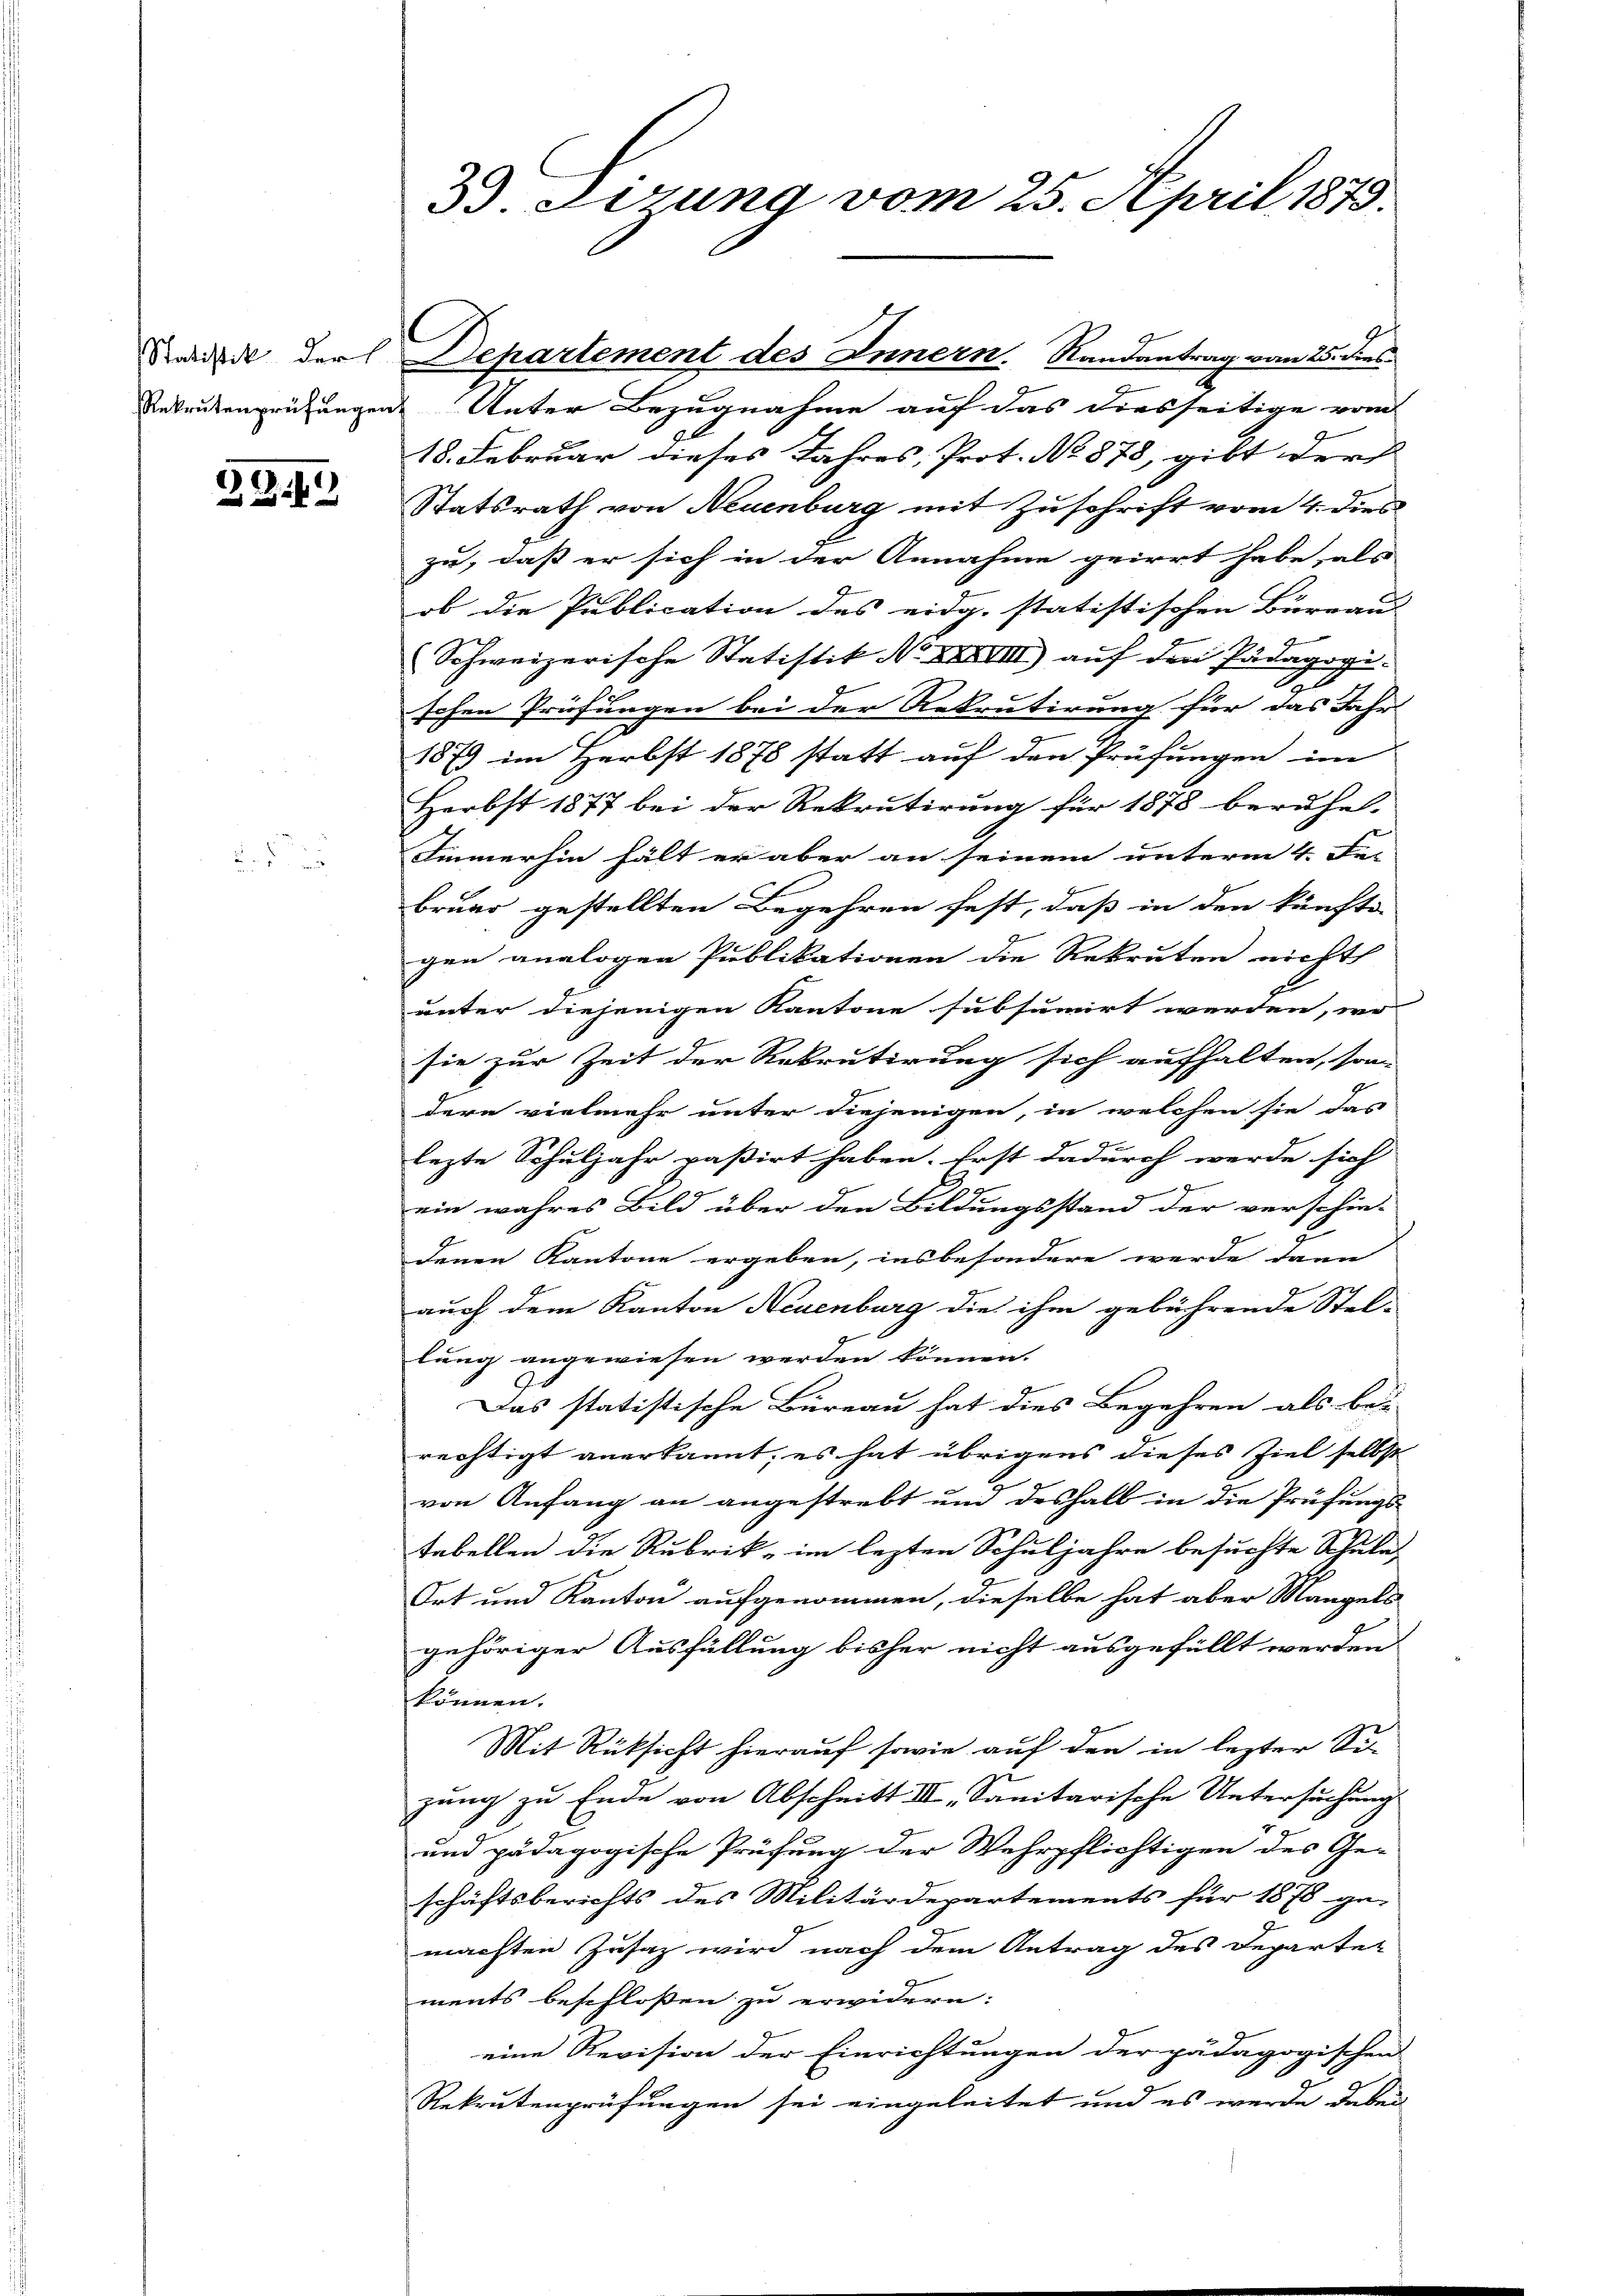
3243

B.Sirung vom 25. April 1879.

Radik der Departement des Innern. Randantrag vom 25. dies
Rekrutenprüfungen Unter Bezugnahme auf das diesseitige vom
18. Februar dieses Jahres, Prot. No 878, gibt der
Statsrath von Neuenburg mit Zuschrift vom 4. dies
zu, daß er sich in der Annahme geirrt habe, als
ob die Publication des eidg. statistischen Büreau
G
Schweizerische Statistik No XXXVIII) auf den Pädagogi-
g
schen Prüfungen bei der Rekrutirung für das Jahr
1879 im Herbst 1878 statt auf den Prüfungen im
Herbst 1877 bei der Rekrutirung für 1878 beruhet,
Immerhin hält er aber an seinem unterm 4. Fer
bruns gestellten Begehren fest, daß in den künfte
gen analogen Publikationen die Rekruten nicht
unter diejenigen Kantone subsumirt werden, wo
sie zur Zeit der Rekrutirung sich aufhalten, son-
dern vielmehr unter diejenigen, in welchen sie das
lezte Schuljahr paßirt haben. Erst dadurch werde sich
ein wahres Bild über den Bildungsstand der verschie-
S
denen Kantone ergeben, insbesondere werde dann
auch dem Kanton Neuenburg die ihm gebührende Stel-
lung angewiesen werden können.
Das statistische Büreau hat dies Begehren als bei
rechtigt anerkannt, es hat übrigens dieses Ziel selbst
1
von Anfang an angestrebt und deshalb in die Prüfungs-
tabellen die Rubrik im lezten Schuljahre besuchte Schule,
Ort und Kanton aufgenommen, dieselbe hat aber Mangels
gehöriger Ausfüllung bisher nicht ausgefüllt werden
können.
Mit Rüksicht hierauf sowie auf den in lezter Sizung zu Ende von Abschnitt III, Sanitarische Untersuchung
und pädagogische Prüfung der Wehrpflichtigen des Ge-
schäftsberichts des Militärdepartements für 1878 ge-
machten Zusatz wird nach dem Antrag des Departet
ments beschlossen zu erwidern:
eine Revision der Einrichtungen der pädagogischen
Rekrutenprüfungen sei eingeleitet und es werde dabei